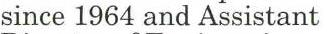
since 1964 and Assistant